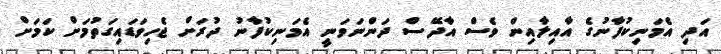
އަދި އެމަނިކުފާނުގެ އާއިލާއިން ވެސް އާދޭސް ދަންނަވަނީ އެމަނިކުފާނު ދުރަށް ޖެހިވަޑައިގަތުމަށް ކަމަށް